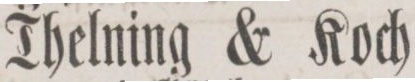
Thelning & Koch